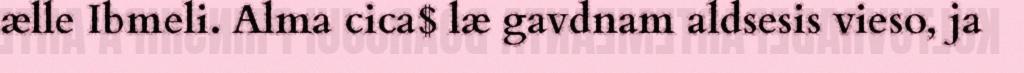
ælle Ibmeli. Alma cica$ læ gavdnam aldsesis vieso, ja